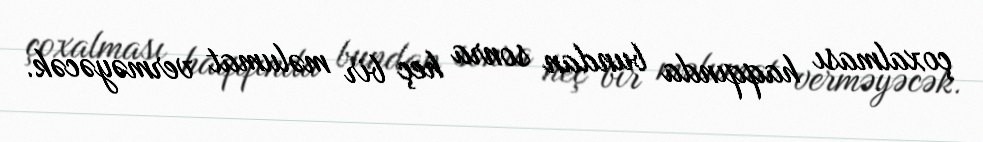
çoxalması haqqında bundan sonra heç bir məlumat verməyəcək.